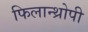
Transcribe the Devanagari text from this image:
फिलान्थ्रोपी